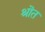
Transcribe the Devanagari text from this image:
श्रॊत